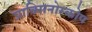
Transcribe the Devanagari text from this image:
प्राक्सिनोस्कोप